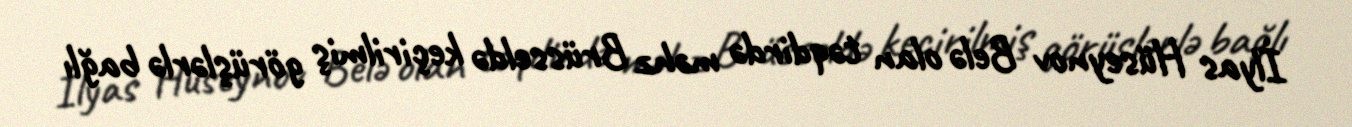
İlyas Hüseynov Belə olan təqdirdə məhz Brüsseldə keçirilmiş görüşlərlə bağlı